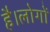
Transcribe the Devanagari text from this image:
है।लोगों